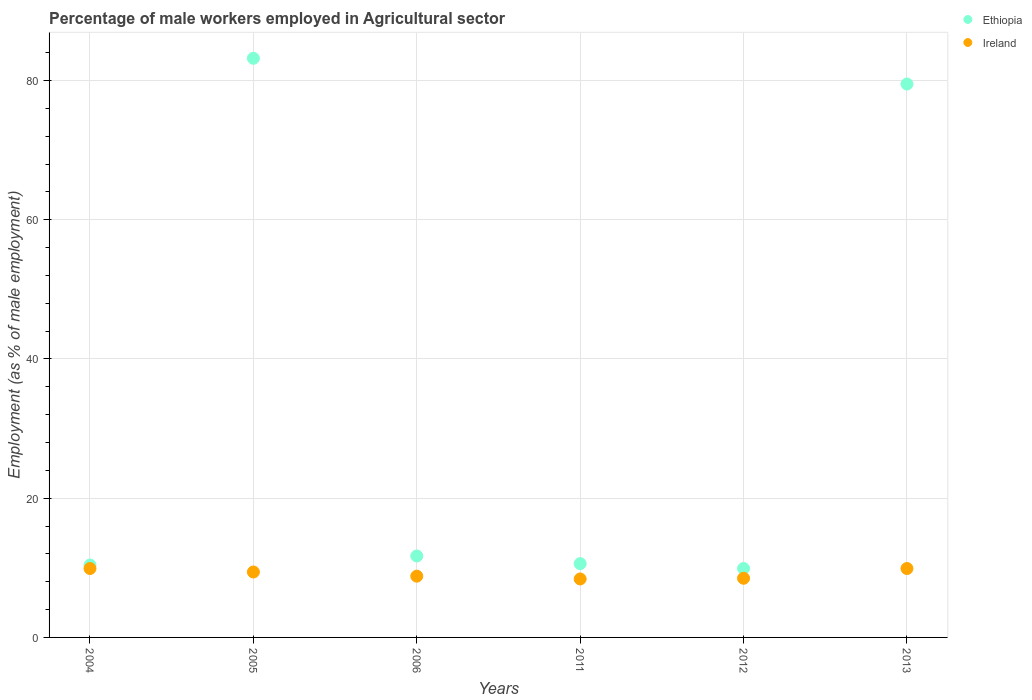
| Years | Ethiopia | Ireland |
 | --- | --- | --- |
 | 2004 | 10.4 | 9.9 |
 | 2005 | 83.2 | 9.4 |
 | 2006 | 11.7 | 8.8 |
 | 2011 | 10.6 | 8.4 |
 | 2012 | 9.9 | 8.5 |
 | 2013 | 79.5 | 9.9 |